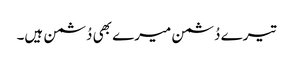
تیرے دُشمن میرے بھی دُشمن ہیں۔